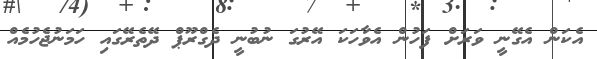
އެކަން އެގޭނީ ވަރަށް ފަހުން އެވާހަކަ އޭރުގަ ނުބުނީ ދެގްރޫޕް ދޭތެރޭގައި ހަމަނުޖެހުމެއް